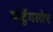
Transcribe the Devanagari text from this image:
पोर्टुगलोए